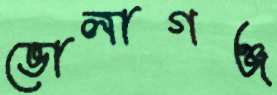
ভোলাগঞ্জ